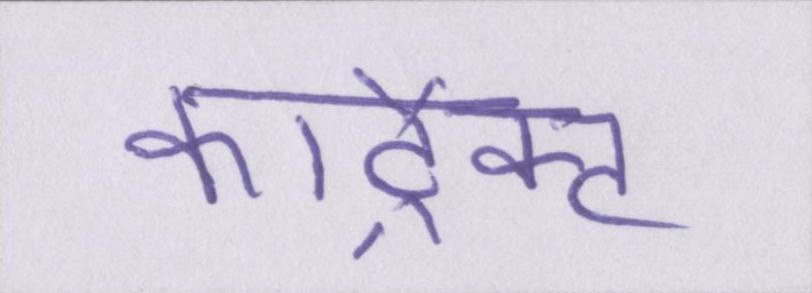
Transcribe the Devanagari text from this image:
कांट्रैक्ट